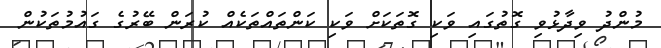
މުންދު ވިދާޅުވި ގޮތުގައި ވަކި ގޮތަކަށް ވަކި ކަންތައްތަކެއް ކުރަން ބޭރުގެ ގައުމުތަކުން